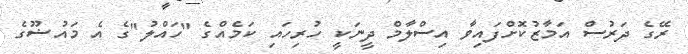
ރޭގެ ދަރުސް އަމާޒުކޮށްފައިވާ އިސްލާމް ދީނަކީ ހުރިހައި ކަމެއްގެ "ހައްލު"ގެ އެ މައުޟޫގެ